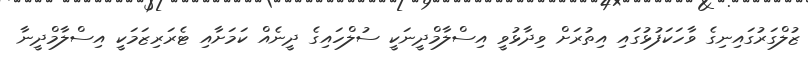
ޒުލްގަރުގައިނިގެ ވާހަކަފުޅުގައި އިތުރަށް ވިދާޅުވީ އިސްލާމްދީނަކީ ސުލްހައިގެ ދީނެއް ކަމަށާއި ޓެރަރިޒަމަކީ އިސްލާމްދީނާ